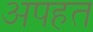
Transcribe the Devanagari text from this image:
अपहत